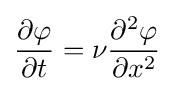
{\frac {\partial \varphi }{\partial t}}=\nu {\frac {\partial ^{2}\varphi }{\partial x^{2}}}